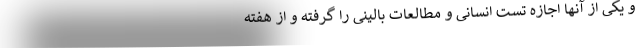
و یکی از آنها اجازه تست انسانی و مطالعات بالینی را گرفته و از هفته